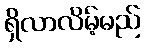
ရှိလာလိမ့်မည်